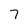
Character: 7